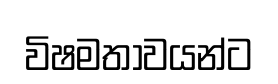
විෂමතාවයන්ට